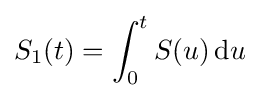
S_{1}(t)=\int _{0}^{t}S(u)\,\mathrm {d} u